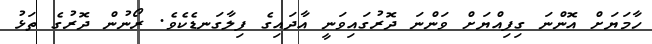
ހާމަޔަށް އޮންނަ ގިފިއްޔަށް ވަންނަ ދޮރުގައިވަނީ އާދައިގެ ފިލާގަނޑެކެވެ. ރޯނުން ދޮރުގެ ތަޅު